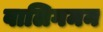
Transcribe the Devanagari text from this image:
वालिगमन